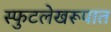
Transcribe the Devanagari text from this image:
स्फुटलेखरूपात